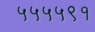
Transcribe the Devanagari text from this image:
५५५५९१